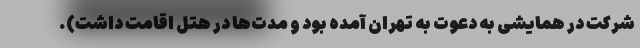
شرکت در همایشی به دعوت به تهران آمده بود و مدت‌ها در هتل اقامت داشت).